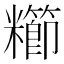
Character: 𫃖